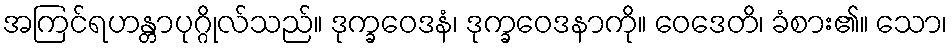
အကြင်ရဟန္တာပုဂ္ဂိုလ်သည်။ ဒုက္ခဝေဒနံ၊ ဒုက္ခဝေဒနာကို။ ဝေဒေတိ၊ ခံစား၏။ သော၊